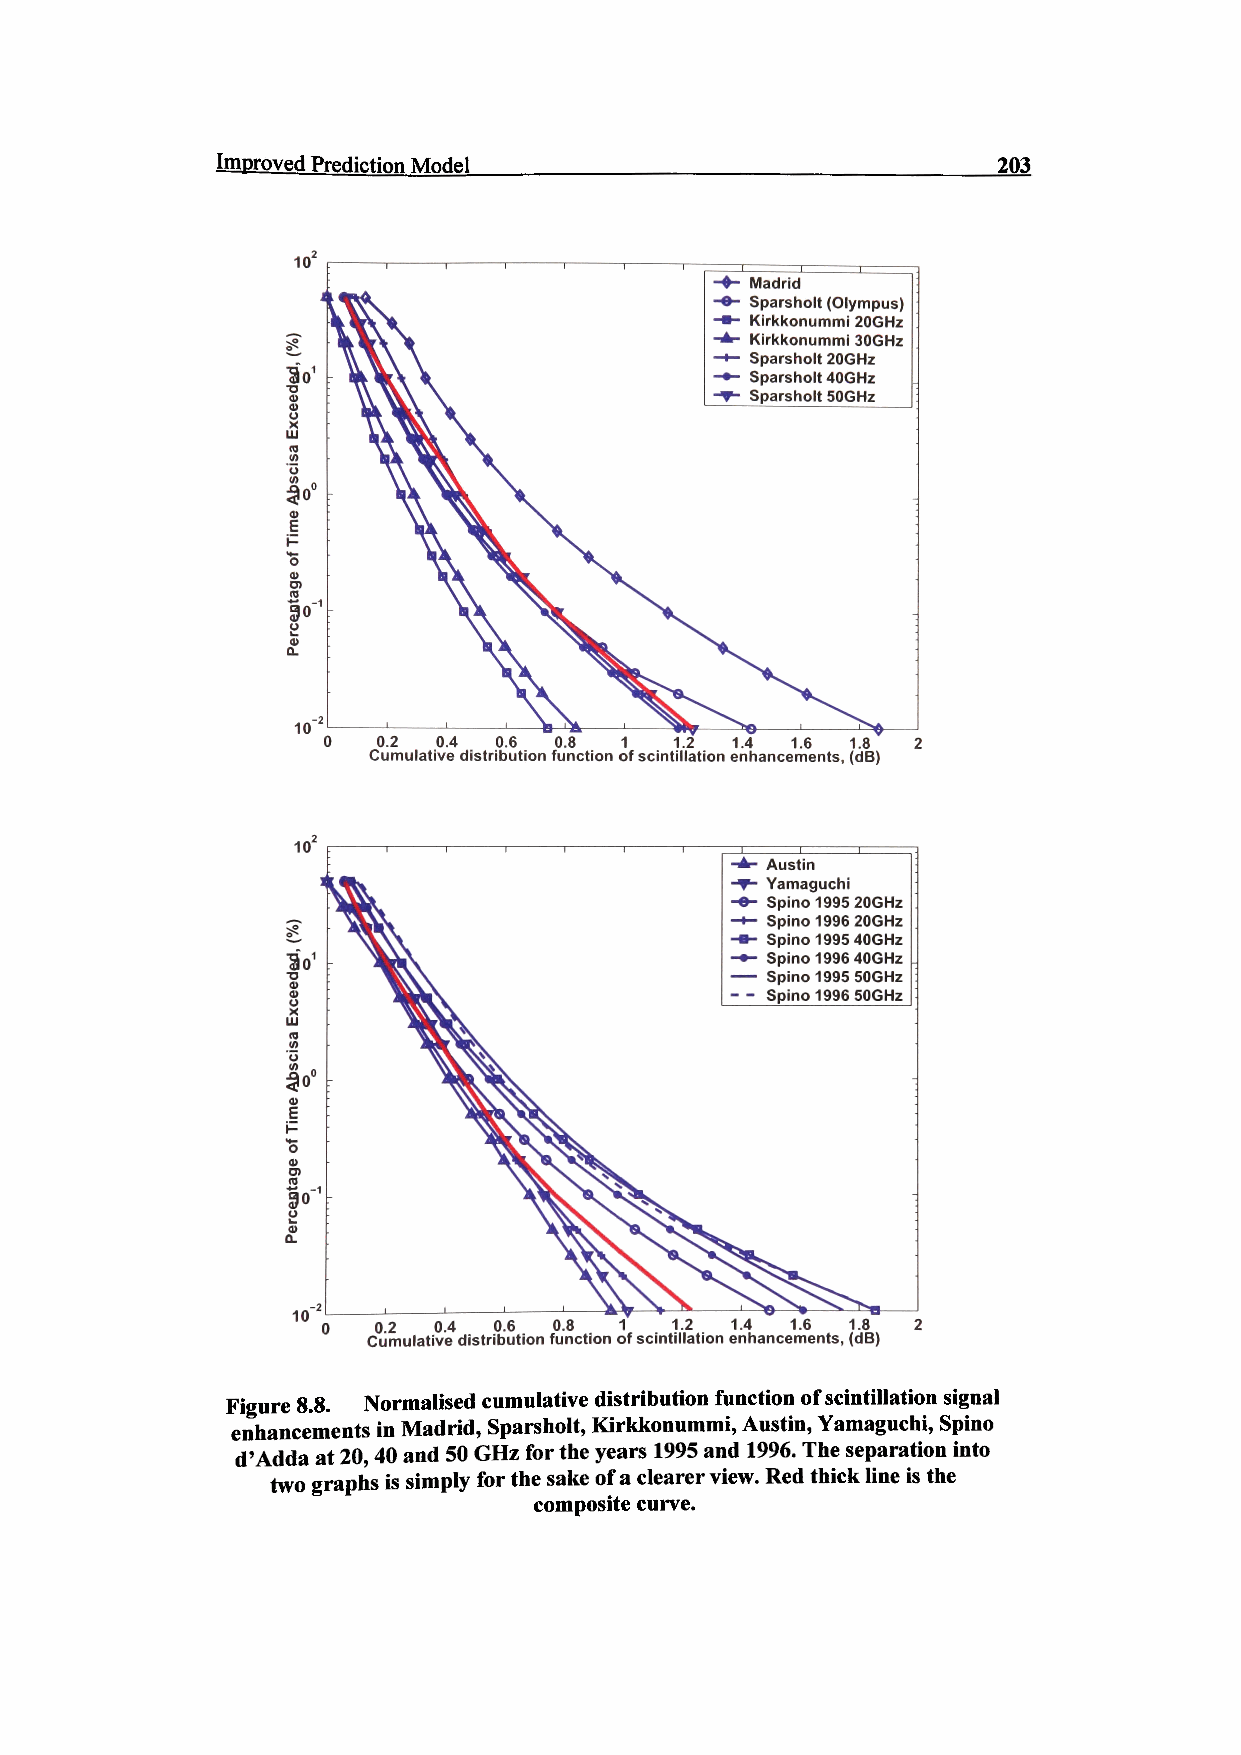
Improved Prediction Model                           203
 Madrid
 Sparsholt (Olympus)
 Kirkkonummi 20GHz
 Kirkkonummi 30GHz
 Sparsholt 20GHz
 Sparsholt 40GHz
 Sparsholt SOGHz
 10
 0.2 0.4 0.6 0.8 1   1.2 1.4 1.6 1.8
 Cumulative distribution function of scintillation enhancements, (dB)
 Austin
 Yamaguchi
 Spino 1995 20GHz
 Spino 1996 20GHz
 Spino 1995 40GHz
 Spino 1996 40GHz
 Spino 1995 SOGHz
 Spino 1996 SOGHz
 02  0.4 0.6 0.8 1  1.2 1.4 1.6 1.8
 Cumulative distribution function of scintillation enhancements, (dB)
 Figure 8.8. Normalised cumulative distribution function of scintillation signal
 enhancements in Madrid, Sparsholt, Kirkkonummi, Austin, Yamaguchi, Spino
 d'Adda at 20,40 and 50 GHz for the years 1995 and 1996. The separation into
 two graphs is simply for the sake of a clearer view. Red thick line is the
 composite curve.